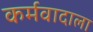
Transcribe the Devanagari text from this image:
कर्मवादाला